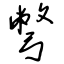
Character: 彆